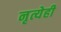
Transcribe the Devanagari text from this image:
नृत्येही